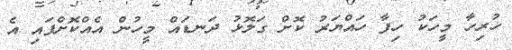
ހުރިހާ މީހަކު ހިފާ ހައްޔަރު ކޮށް ގަލޮޅު ދަނޑައް މީހުން އެއްކޮށްފައި އެ